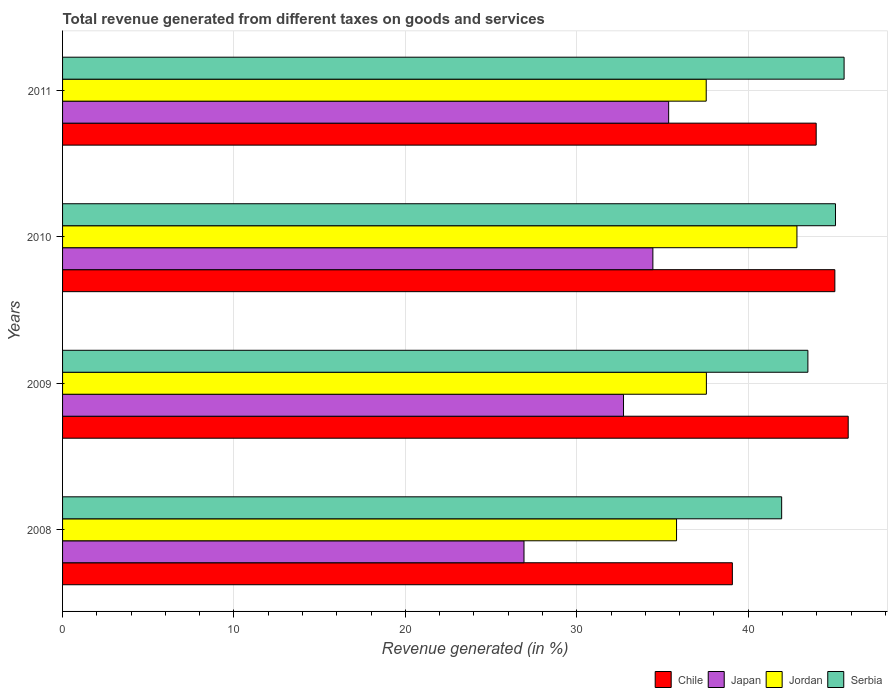
| Years | Chile | Japan | Jordan | Serbia |
 | --- | --- | --- | --- | --- |
 | 2008 | 39.1 | 26.9 | 35.8 | 42 |
 | 2009 | 45.8 | 32.7 | 37.6 | 43.5 |
 | 2010 | 45.1 | 34.4 | 42.8 | 45.1 |
 | 2011 | 44 | 35.4 | 37.6 | 45.6 |